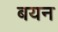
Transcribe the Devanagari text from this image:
बयन